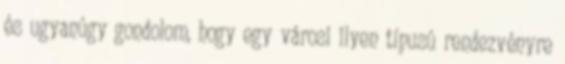
és ugyanúgy gondolom, hogy egy városi ilyen típusú rendezvényre